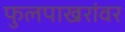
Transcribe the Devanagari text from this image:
फुलपाखरांवर